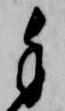
手